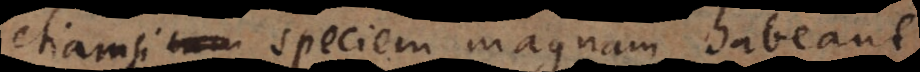
etiamsi speciem magnam habeant,